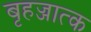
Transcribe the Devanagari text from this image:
बृहज्जात्क